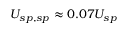
U _ { s p , s p } \approx 0 . 0 7 U _ { s p }